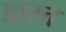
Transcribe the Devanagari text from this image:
डारत